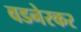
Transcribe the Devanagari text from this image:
वडनेरकर